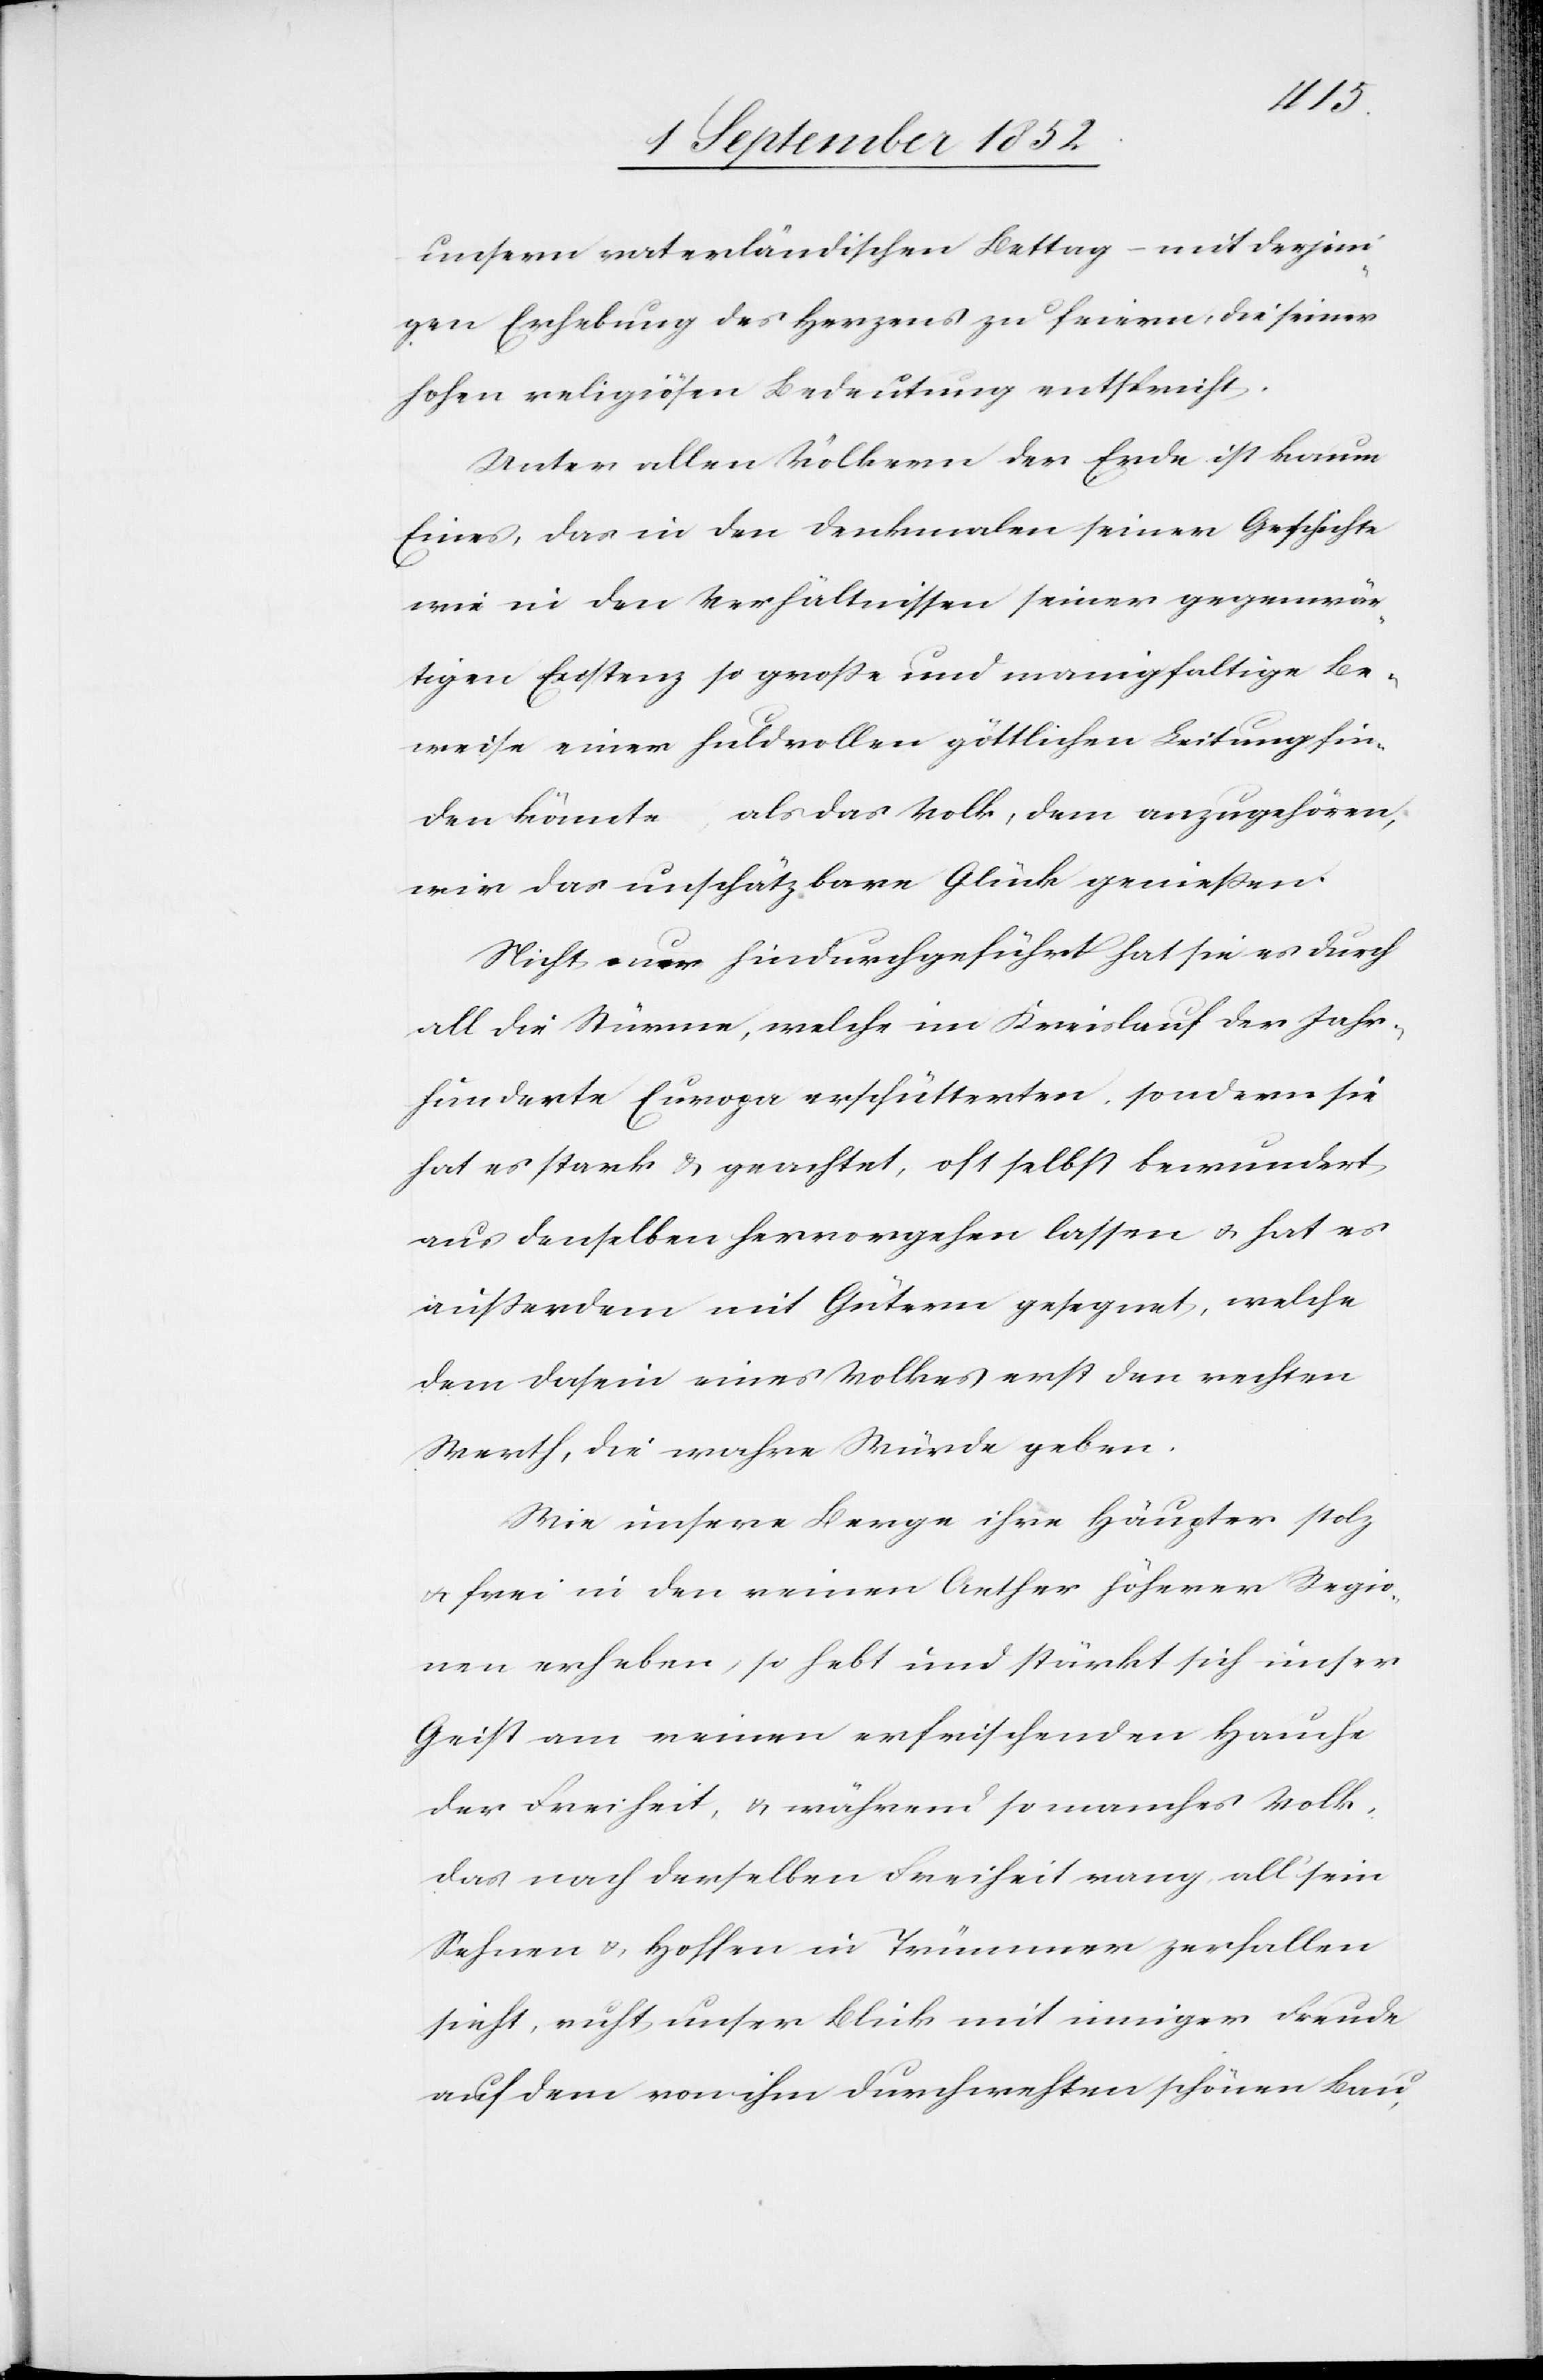
unsern vaterländischen Bettag – mit derjeni¬
gen Erhebung des Herzens zu feiern, die seiner
hohen religiösen Bedeutung entspricht.
Unter allen Völkern der Erde ist kaum
Eines, das in den Denkmalen seiner Geschichte
wie in den Verhältnissen seiner gegenwär¬
tigen Existenz so große und manigfaltige Be¬
weise einer huldvollen göttlichen Leitung fin¬
den könnte, als das Volk, dem anzugehören,
wir das unschätzbare Glück genießen.
Nicht nur hindurchgeführt hat sie es durch
all die Stürme, welche im Kreislauf der Jahr¬
hunderte Europa erschütterten, sondern sie
hat es stark & geachtet, oft selbst bewundert
aus denselben hervorgehen lassen & hat es
außerdem mit Gütern gesegnet, welche
dem Dasein eines Volkes erst den rechten
Werth, die wahre Würde geben.
Wie unsere Berge ihre Häupter stolz
& frei in den reinen Aether höherer Regio¬
nen erheben, so hebt und stärkt sich unser
Geist am reinen erfrischenden Hauche
der Freiheit, & während so manches Volk,
das nach derselben Freiheit rang, all‘ sein
Sehnen & Hoffen in Trümmern zerfallen
sieht, ruht unser Blick mit inniger Freude
auf dem von ihm durchwehten schönen Bau,